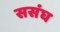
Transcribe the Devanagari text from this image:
ससंघ